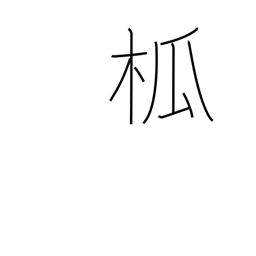
Meaning: spire